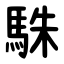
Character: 駯